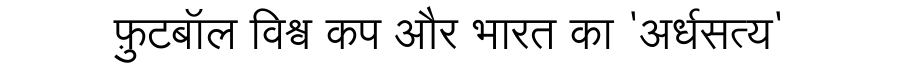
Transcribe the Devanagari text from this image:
फ़ुटबॉल विश्व कप और भारत का 'अर्धसत्य'